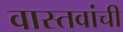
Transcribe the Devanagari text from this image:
वास्तवांची